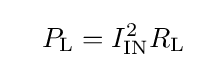
\quad P_{\text{L}}=I_{\text{IN}}^{2}R_{\text{L}}